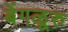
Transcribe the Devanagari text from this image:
बेंगळूरु